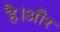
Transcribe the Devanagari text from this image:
है।अौर